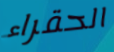
الحقراء